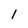
Character: l